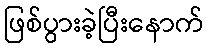
ဖြစ်ပွားခဲ့ပြီးနောက်